Civil Veterinary Department Bihar & Orissa reports 1911-21 - 1911-1921
Year: 1911
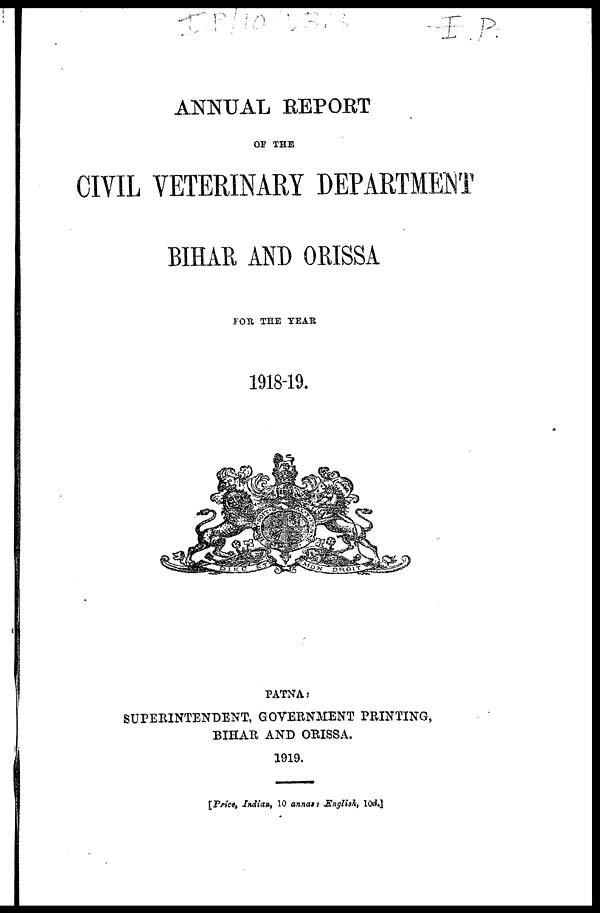
ANNUAL REPORT
OF THE
CIVIL VETERINARY DEPARTMENT
BIHAR AND ORISSA
FOR THE YEAR
1918-19.
PATNA :
SUPERINTENDENT, GOVERNMENT PRINTING,
BIHAR AND ORISSA.
1919.
[Price, Indian, 10 annas : English, 10d.]